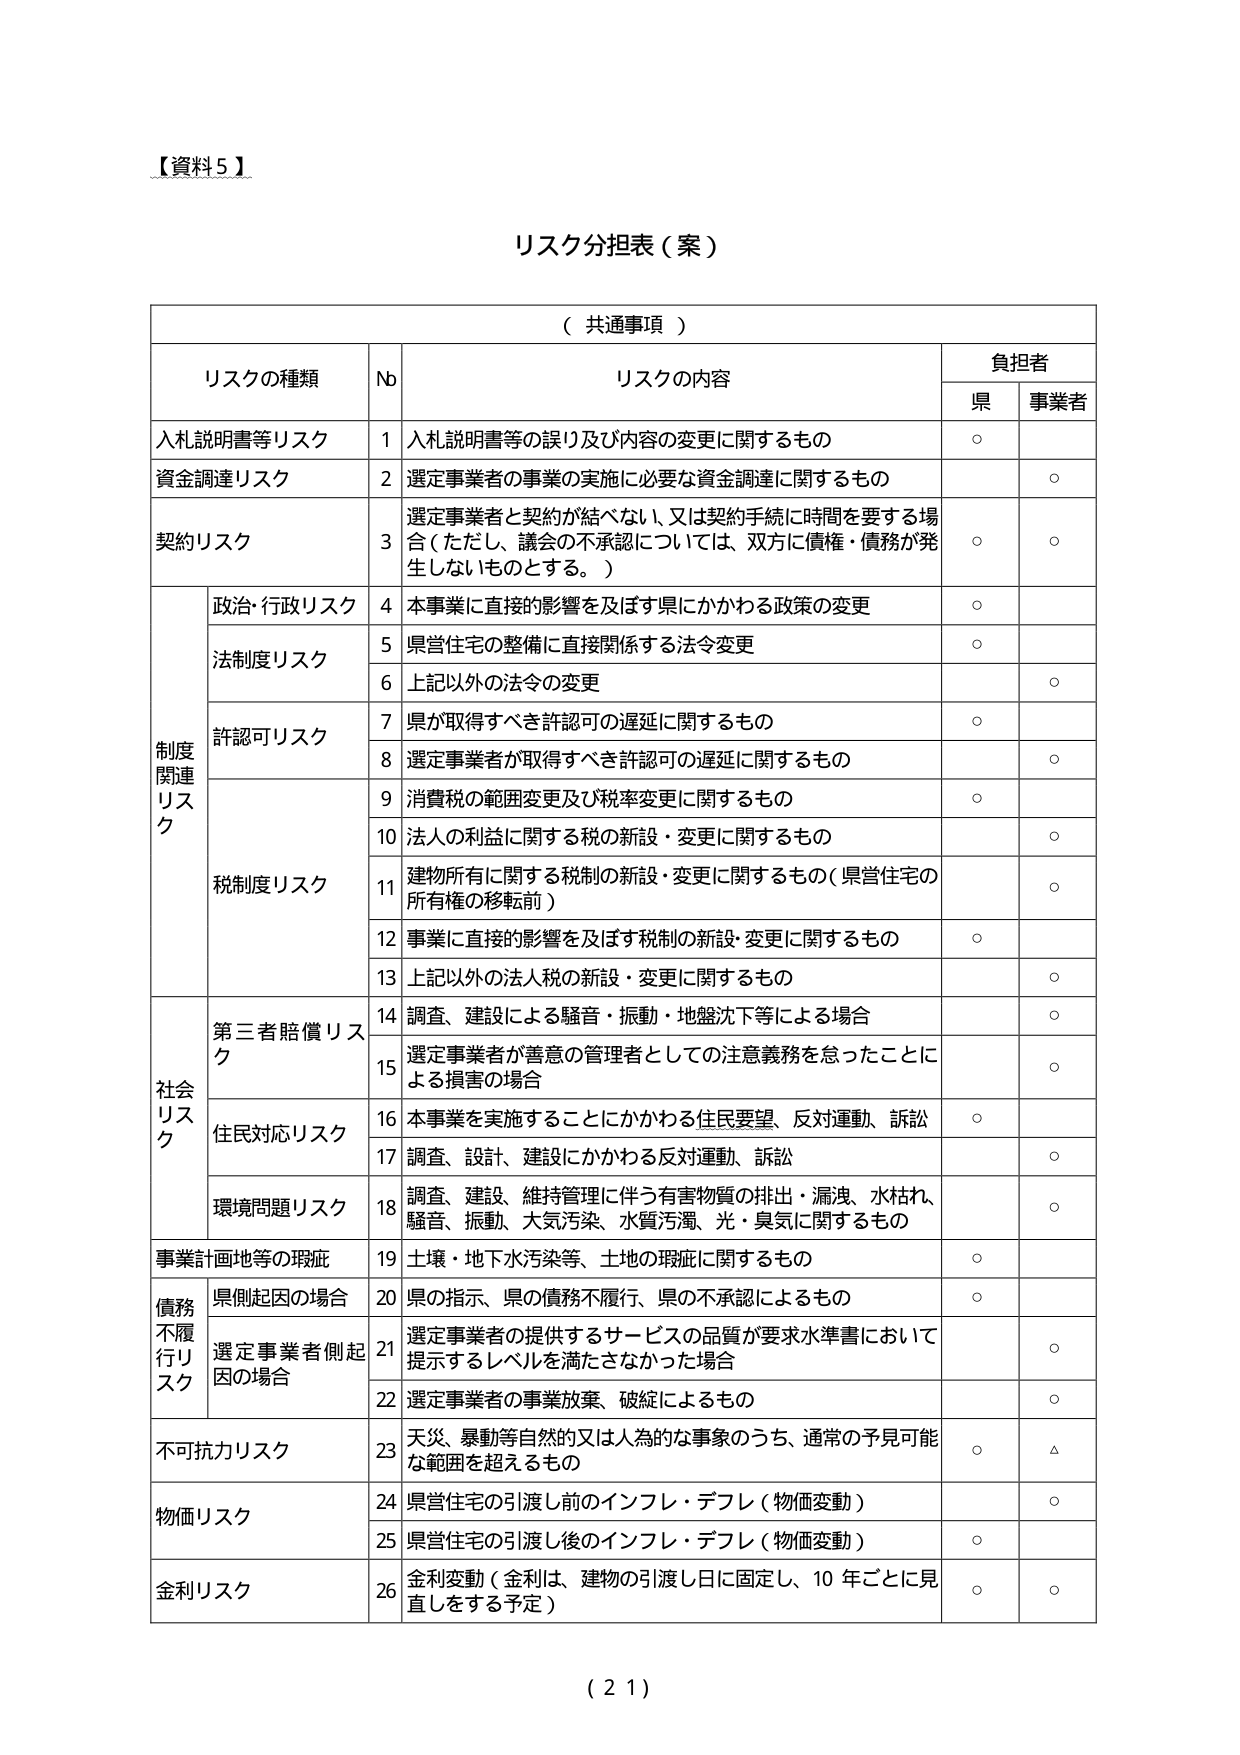
【資料５】

リスク分担表（案）

（共通事項）

リスクの種類	Nb	リスクの内容	負担者